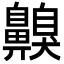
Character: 齅